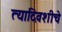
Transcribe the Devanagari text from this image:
त्यादिवशीचे